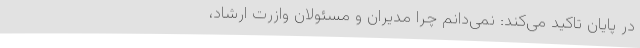
در پایان تاکید می‌کند: نمی‌دانم چرا مدیران و مسئولان وازرت ارشاد،